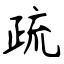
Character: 疏